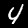
Label: 4